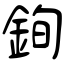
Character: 銁